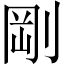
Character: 剛